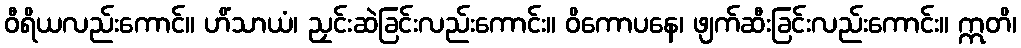
ဝီရိယလည်းကောင်။ ဟိံသာယံ၊ ညှင်းဆဲခြင်းလည်းကောင်း။ ဝိကောပနေ၊ ဖျက်ဆီးခြင်းလည်းကောင်း။ ဣတိ၊